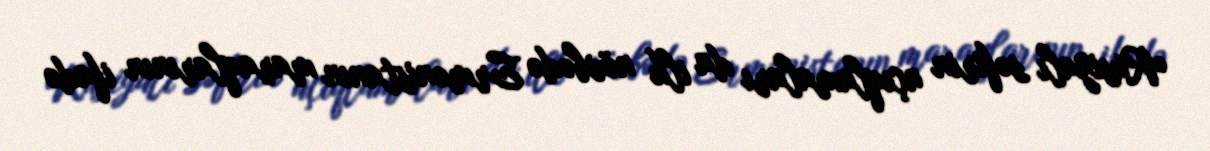
Rusiyalı səfirin açıqlamaları da ilk növbədə Ermənistanın maraqlarının ifadə